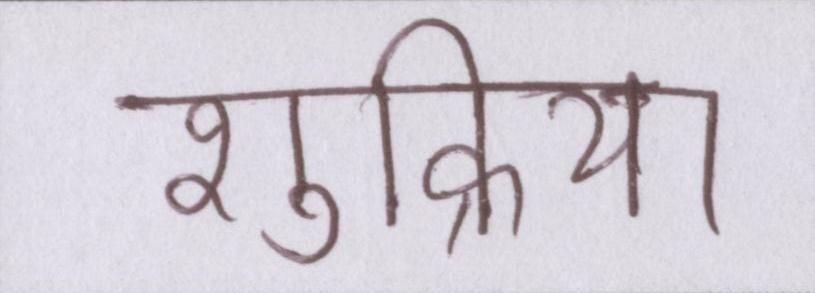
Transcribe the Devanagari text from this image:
शुक्रिया